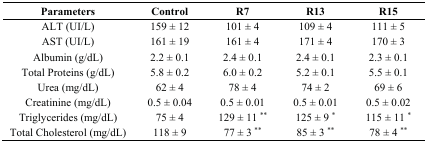
| Parameters | Control | R7 | R13 | R15 |
 | --- | --- | --- | --- | --- |
 | ALT (UI/L) | 159 ± 12 | 101 ± 4 | 109 ± 4 | 111 ± 5 |
 | AST (UI/L) | 161 ± 19 | 161 ± 4 | 171 ± 4 | 170 ± 3 |
 | Albumin (g/dL) | 2.2 ± 0.1 | 2.4 ± 0.1 | 2.4 ± 0.1 | 2.3 ± 0.1 |
 | Total Proteins (g/dL) | 5.8 ± 0.2 | 6.0 ± 0.2 | 5.2 ± 0.1 | 5.5 ± 0.1 |
 | Urea (mg/dL) | 62 ± 4 | 78 ± 4 | 74 ± 2 | 69 ± 6 |
 | Creatinine (mg/dL) | 0.5 ± 0.04 | 0.5 ± 0.01 | 0.5 ± 0.01 | 0.5 ± 0.02 |
 | Triglycerides (mg/dL) | 75 ± 4 | 129 ± 11 ** | 125 ± 9 * | 115 ± 11 * |
 | Total Cholesterol (mg/dL) | 118 ± 9 | 77 ± 3 ** | 85 ± 3 ** | 78 ± 4 ** |